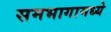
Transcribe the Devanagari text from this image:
समभागामध्ये